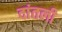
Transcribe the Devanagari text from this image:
दांतली